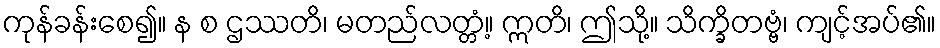
ကုန်ခန်းစေ၍။ န စ ဌဿတိ၊ မတည်လတ္တံ့။ ဣတိ၊ ဤသို့။ သိက္ခိတဗ္ဗံ၊ ကျင့်အပ်၏။